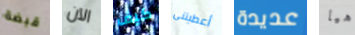
قبضة الآن كيف أعطيتنى عديدة هيا